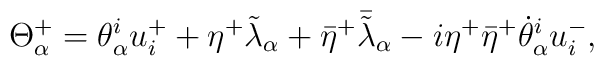
\Theta^{+}_{\alpha}=\theta^{i}_{\alpha}u^{+}_{i}+\eta^{+}\tilde{\lambda}_{\alpha}+{\bar{\eta}}^{+}{\bar{\tilde{\lambda}}}_{\alpha}-i\eta^{+}{\bar{\eta}}^{+}{\dot{\theta}}^{i}_{\alpha}u^{-}_{i},